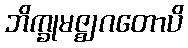
ဘိက္ခုမဇ္ဈဂတောပိ